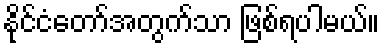
နိုင်ငံတော်အတွက်သာ ဖြစ်ရပါမယ်။